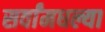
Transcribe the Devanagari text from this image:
सर्वांमधल्या